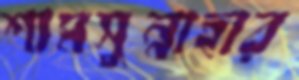
শামসুন্নাহার